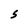
Character: S